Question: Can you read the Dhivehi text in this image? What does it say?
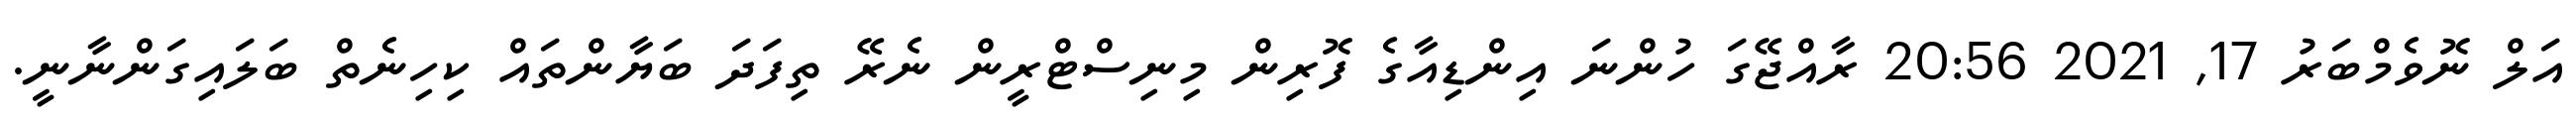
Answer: އަލް ނޮވެމްބަރު 17, 2021 20:56 ރާއްޖޭގަ ހުންނަ އިންޑިއާގެ ފޮރިން މިނިސްޓްރީން ނެރޭ ތިފަދަ ބަޔާންތައް ކިހިނެތް ބަލައިގަންނާނީ.